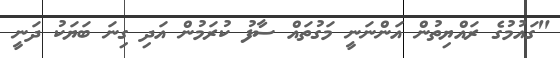
"ގައުމުގެ ރައްޔިތުން އަންނަނީ މަގުތައް ސާފު ކުރަމުން އަދި ގިނަ ބަޔަކު ދަނީ